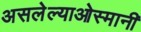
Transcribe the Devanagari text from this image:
असलेल्याओस्मानी